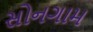
સોનગામ